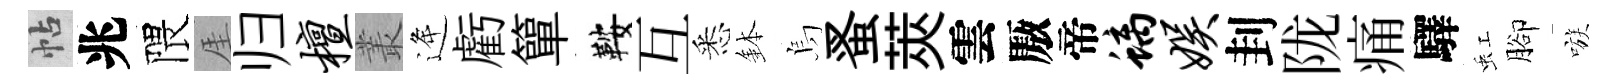
帖兆隈厓归檀叢逄虧簞鞍互悉鉢烏蚤莢雲厫帝螭娱刲陇痛驛虹腳嗾